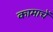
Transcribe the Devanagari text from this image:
कामाचें